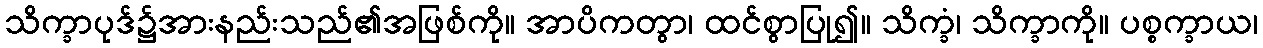
သိက္ခာပုဒ်၌အားနည်းသည်၏အဖြစ်ကို။ အာပိကတွာ၊ ထင်စွာပြု၍။ သိက္ခံ၊ သိက္ခာကို။ ပစ္စက္ခာယ၊